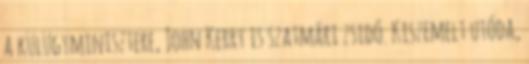
a külügyminisztere, John Kerry is szatmári zsidó. Kiszemelt utóda,